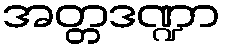
အတ္တဒဏ္ဍာ